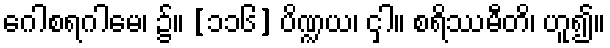
ဂေါစရဂါမေ၊ ၌။ [၁၁၆] ပိဏ္ဍယ၊ ငှါ။ စရိဿမီတိ၊ ဟူ၍။